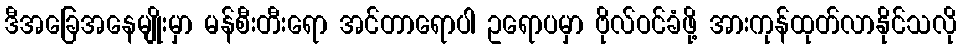
ဒီအခြေအနေမျိုးမှာ မန်စီးတီးရော အင်တာရောပါ ဥရောပမှာ ဗိုလ်ဝင်ခံဖို့ အားကုန်ထုတ်လာနိုင်သလို